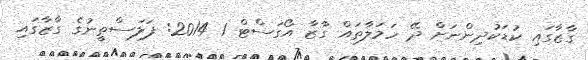
ގާޒާގައި ކުޑަކުދިންނަށް ދޭ ހަމަލާތައް ގާޒާ އޯގަސްޓް 1 2014: ފަލަސްތީނުގެ ގާޒާގައި